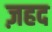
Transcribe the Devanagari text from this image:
ज़हद